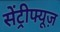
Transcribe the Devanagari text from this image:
सेंट्रीफ्यूज़